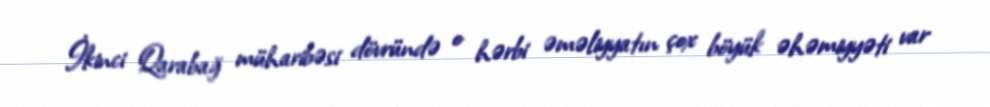
İkinci Qarabağ müharibəsi dövründə o hərbi əməliyyatın çox böyük əhəmiyyəti var